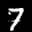
Label: 7